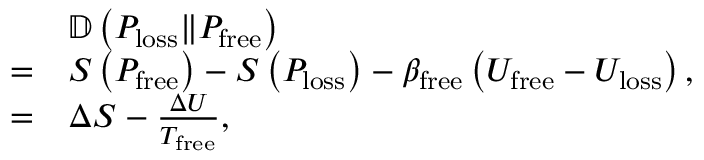
\begin{array} { r l } & { \mathbb { D } \left( P _ { \mathrm { l o s s } } \Vert P _ { \mathrm { f r e e } } \right) } \\ { = } & { S \left( P _ { \mathrm { f r e e } } \right) - S \left( P _ { \mathrm { l o s s } } \right) - \beta _ { \mathrm { f r e e } } \left( U _ { \mathrm { f r e e } } - U _ { \mathrm { l o s s } } \right) , } \\ { = } & { \Delta S - \frac { \Delta U } { T _ { \mathrm { f r e e } } } , } \end{array}